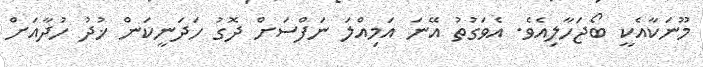
މޫނަކާއެކީ ބޯޖަހާލިއެވެ. އެވަގުތު އޭނަ އަމިއްލަ ނަފްސަށް ދޮގު ހަދަނީކަން ޚުދު ހުދާއަށް